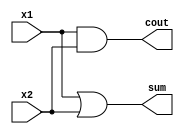
/*
Approximate Half Adder
*/

module AHA (
    input x1, x2,
    output sum, cout
);

    assign sum = x1 | x2;
    assign cout = x1 & x2;

endmodule